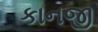
કાનજી